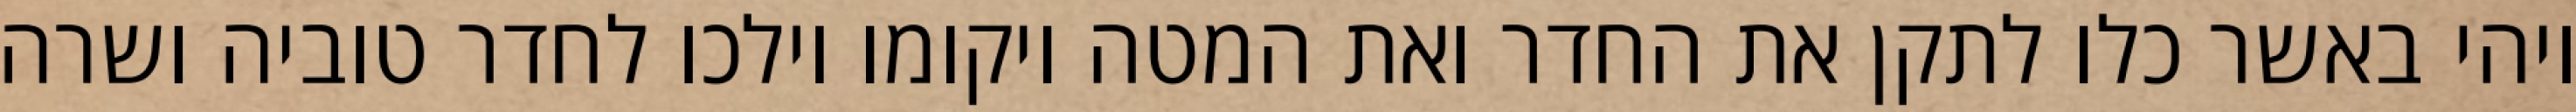
ויהי באשר כלו לתקן את החדר ואת המטה ויקומו וילכו לחדר טוביה ושרה